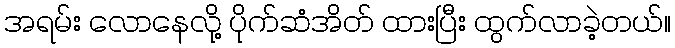
အရမ်း လောနေလို့ ပိုက်ဆံအိတ် ထားပြီး ထွက်လာခဲ့တယ်။